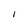
Character: I